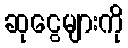
ဆုငွေများကို